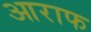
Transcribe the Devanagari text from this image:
आराफ